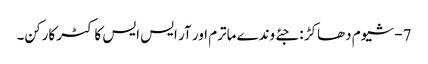
7- شیوم دھاکڑ : جئے وندے ماترم اور آر ایس ایس کا کٹر کارکن۔